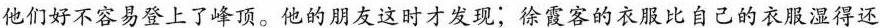
他们好不容易登上了峰顶。他的朋友这时才发现；徐霞客的衣服比自己的衣服湿得还